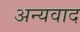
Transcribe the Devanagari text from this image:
अन्यवाद